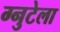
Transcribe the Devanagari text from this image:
ग्नुटेला